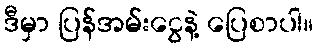
ဒီမှာ ပြန်အမ်းငွေနဲ့ ပြေစာပါ။